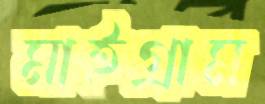
মাইগ্রাম